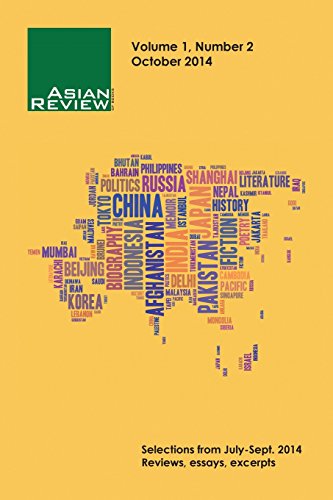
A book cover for Asian Review of Books, Volume 1, Number 2: October 2014; Literature & Fiction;